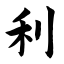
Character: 利